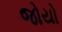
જોયો